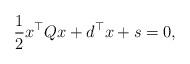
LaTeX: \begin{align*}\frac{1}{2}x^{\top}Qx+d^{\top}x+s=0,\end{align*}